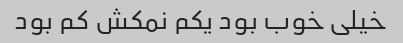
خیلی خوب بود یکم نمکش کم بود